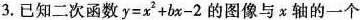
3.已知二次函数$$y=x^{2}+bx-2$$的图像与x轴的一个